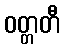
ဝတ္တတီ